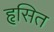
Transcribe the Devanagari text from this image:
हृसित